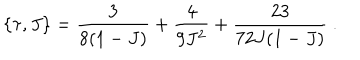
\{ \tau , J \} = \frac { 3 } { 8 ( 1 - J ) } + \frac { 4 } { 9 J ^ { 2 } } + \frac { 2 3 } { 7 2 J ( 1 - J ) } \ .